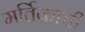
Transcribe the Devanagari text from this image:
मर्तिकाची